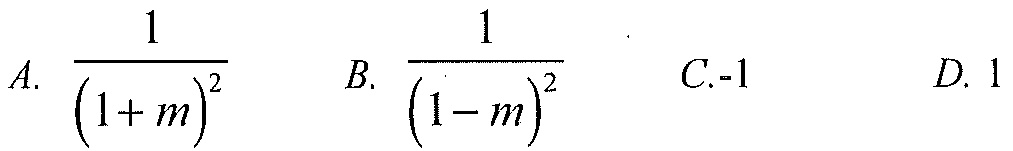
A. \(\dfrac{1}{(1 + m)^{2}}\)  B. \(\dfrac{1}{(1 - m)^{2}}\)  C. -1  D. 1